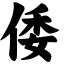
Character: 倭